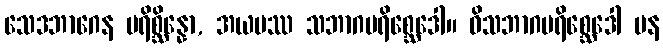
သေဒဘာဂေန ပရိစ္ဆိန္နော, အယမဿ သဘာဂပရိစ္ဆေဒေါ။ ဝိသဘာဂပရိစ္ဆေဒေါ ပန